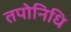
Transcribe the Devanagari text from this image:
तपोनिधि